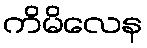
ကိမိလေန